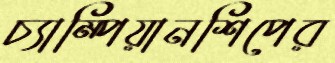
চ্যাম্পিয়ানশিপের